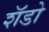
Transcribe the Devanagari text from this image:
शॅडो